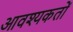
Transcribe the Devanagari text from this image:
आवश्यकतों